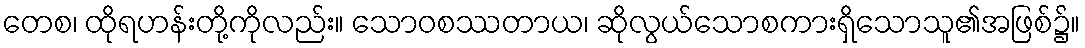
တေစ၊ ထိုရဟန်းတို့ကိုလည်း။ သောဝစဿတာယ၊ ဆိုလွယ်သောစကားရှိသောသူ၏အဖြစ်၌။